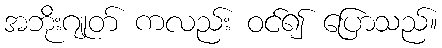
အဘိုးဂျုတ် ကလည်း ဝင်၍ ပြောသည်။